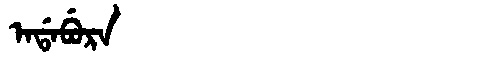
Manchu: ᠠᡩᠠᠪᡠᡵᠠ
Romanization: ADABURA